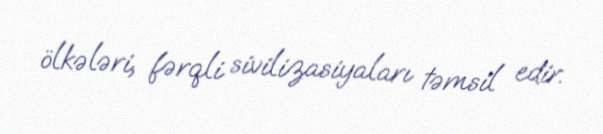
ölkələri, fərqli sivilizasiyaları təmsil edir.